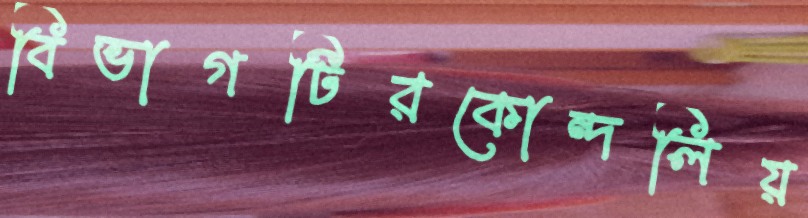
বিভাগটিরকোন্দলিয়